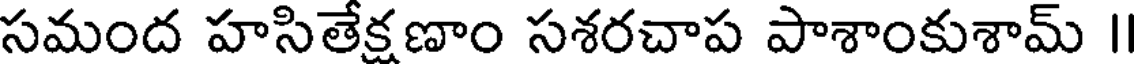
సమంద హసితేక్షణాం సశరచాప పాశాంకుశామ్ I